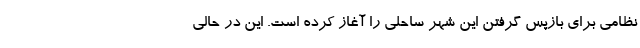
نظامی برای بازپس گرفتن این شهر ساحلی را آغاز کرده است. این در حالی